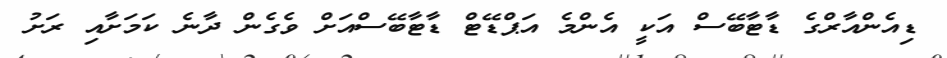
ޑިއެންއާރްގެ ޑާޓާބޭސް އަކީ އެންމެ އަޕްޑޭޓް ޑާޓާބޭސްއަށް ވެގެން ދާނެ ކަމަށާއި ރަށު